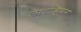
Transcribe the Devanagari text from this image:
लाटव्हियन